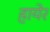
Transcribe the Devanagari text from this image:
हायेर